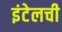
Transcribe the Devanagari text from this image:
इंटेलची